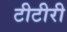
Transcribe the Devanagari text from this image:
टीटीरी